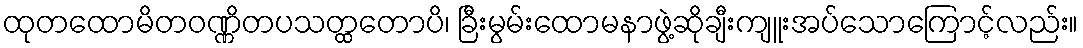
ထုတထောမိတဝဏ္ဏိတပသတ္ထတောပိ၊ ခြီးမွမ်းထောမနာဖွဲ့ဆိုချီးကျူးအပ်သောကြောင့်လည်း။